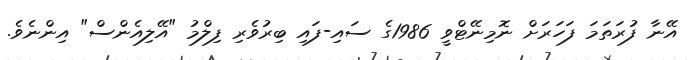
އޭނާ ފުރަތަމަ ފަހަރަށް ނޮމިނޭޓްވީ 1986ގެ ސައި-ފައި ބިރުވެރި ފިލްމު "އޭލިއެންސް" އިންނެވެ.